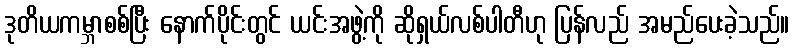
ဒုတိယကမ္ဘာစစ်ပြီး နောက်ပိုင်းတွင် ယင်းအဖွဲ့ကို ဆိုရှယ်လစ်ပါတီဟု ပြန်လည် အမည်ပေးခဲ့သည်။